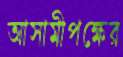
আসামীপক্ষের